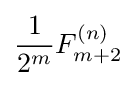
{\frac {1}{2^{m}}}F_{m+2}^{(n)}